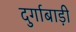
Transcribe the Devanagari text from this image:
दुर्गाबाड़ी